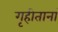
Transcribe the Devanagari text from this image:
गृहीतानां